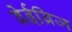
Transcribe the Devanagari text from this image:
वेईब्रिज